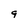
Character: 9